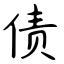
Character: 债